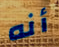
أنه